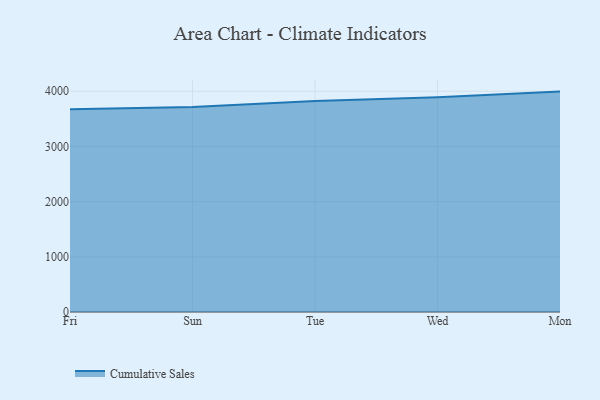
{"axis": {"x": "Day", "y": "Population (Million)"}, "legend": ["Cumulative Sales"], "data": [{"x": "Fri", "y": 3673.8, "type": "Cumulative Sales"}, {"x": "Sun", "y": 3715.5, "type": "Cumulative Sales"}, {"x": "Tue", "y": 3821.9, "type": "Cumulative Sales"}, {"x": "Wed", "y": 3893.4, "type": "Cumulative Sales"}, {"x": "Mon", "y": 3994.0, "type": "Cumulative Sales"}]}